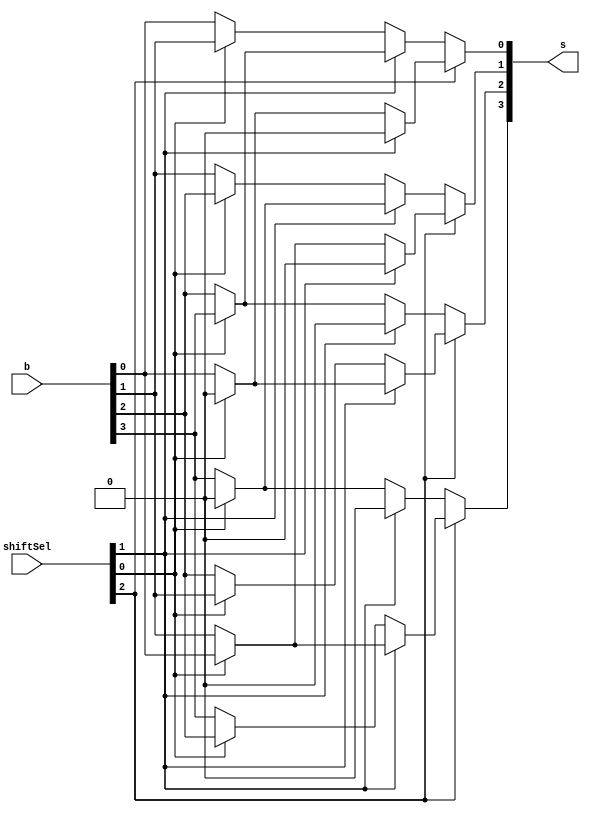
module BarrelShifter_Nbit
        #(  //-------- Parameters --------//
            parameter N=4,
            parameter LVL=2,                // usually log2(N)
            parameter TYPE=2'b11,           // 00->ROTATE, 10->L_SHIFT, 01->R_SHIFT, 11->LR_SHIFT
            parameter ARITH=1'b0            // 1'b0 -> logicalshift, 1'b1 -> arithmetic shift
        )
        
        (   //-------- Input --------//
            input [N-1:0] b,
            input [DIR_SEL+LVL-1:0]shiftSel,//if TYPE==ROTATE or TYPE==LR_SHIFT, MSB selects direction
                                            // shiftSel[LVL]==1'b0 -> Rotate/Shift Rigtht
                                            // shiftSel[LVL]==1'b1 -> Rotate/Shift Left
            
            //-------- Output --------//
            output [N-1:0] s
        );
    
    //-------- local variables --------//
    localparam ROTATE = 2'b00;
    localparam L_SHIFT = 2'b10;
    localparam R_SHIFT = 2'b01;
    localparam LR_SHIFT = 2'b11;
    localparam DIR_SEL = ( (TYPE==ROTATE)||(TYPE==LR_SHIFT) ) ? 1 : 0;
    
    
    //-------- Generate Twos complement for Rotating Right or Left --------//
    generate
    if(TYPE==ROTATE) begin: gentc
        wire [LVL-1:0] shiftSelMux_out;
        wire [LVL-1:0] tc_out;
        twosComp_Nbit #(LVL)
            tc_Nbit
                (
                    .b(shiftSel[LVL-1:0]), //input
                    .tc(tc_out)
                );
                
        //shiftSel Multiplexor
        assign shiftSelMux_out = (shiftSel[LVL]) ? tc_out : shiftSel[LVL-1:0];
    end
    endgenerate
    
    
    genvar gi; //level counter
    genvar gk; //mux counter
    //-------- Generate layers of Multiplexors for Shifting --------//
    generate
    for(gi=0; gi < LVL; gi = gi + 1) begin: genlvl
        for(gk=0; gk < N; gk = gk + 1) begin: genmux
            
            //-------- ROTATE (based on Right Rotate, Left Rotate done by two's compl of shiftSel) --------//
            if(TYPE==ROTATE)begin: genrotate
                wire out, in, inShift;
                assign out = (gentc.shiftSelMux_out[gi]) ? inShift : in;
                
                //first level's input connected to input b
                if(gi==0) begin
                    assign in = b[gk];
                    //(1<<gi)-> # of bits shifted
                    if(gk + (1<<gi) > N - 1)               
                        assign inShift = b[gk+(1<<gi)-N];
                    else
                        assign inShift = b[gk+(1<<gi)];
                        
                //subsequent level's input connected
                //to previous mux's output
                end else begin
                    assign in = genlvl[gi-1].genmux[gk].genrotate.out;
                    if(gk + (1<<gi) > N - 1)
                        assign inShift = genlvl[gi-1].genmux[gk+(1<<gi)-N].genrotate.out;
                    else
                        assign inShift = genlvl[gi-1].genmux[gk+(1<<gi)].genrotate.out;
                end
            end//ifelse_genrotate
            
            
            //-------- RIGHT SHIFT (Instantiated when TYPE is R_SHIFT or LR_SHIFT) --------//
            if(TYPE[0]) begin: genRshft
                wire arithBit;
                wire out, in, inShift;
                assign out = (shiftSel[gi]) ? inShift : in;
                
                //first level's input connected to input b
                if(gi==0) begin
                    assign in = b[gk];
                    //(1<<gi)-> # of bits shifted
                    if(gk + (1<<gi) > N - 1) begin 
                        //******** when testing parameters for conditional generate, ********//
                        //******** use:         if(ARITH == 1'b1)                    ********//
                        //******** instead of:  if(ARITH)                            ********//
                        //******** the latter gave high Impedance (Z) for inShift    ********//
                        if(ARITH == 1'b1) 
                            assign inShift = b[N-1];
                        else
                            assign inShift = 1'b0;                                //shift in zero
                    end else begin
                        assign inShift = b[gk+(1<<gi)];
                    end
                    
                //subsequent level's input connected
                //to previous mux's output
                end else begin
                    assign in = genlvl[gi-1].genmux[gk].genRshft.out;
                    if(gk + (1<<gi) > N - 1) begin    
                        if(ARITH==1'b1)           
                            assign inShift = b[N-1];//genlvl[gi-1].genmux[N-1].genRshft.out;
                        else
                            assign inShift = 1'b0;
                    end else begin
                        assign inShift = genlvl[gi-1].genmux[gk+(1<<gi)].genRshft.out;
                    end
                end
            end//ifelse_genRshft
            //---------------------------------------------------------------------------//
   

            //-------- LEFT SHIFT (Instantiated when TYPE is L_SHIFT or LR_SHIFT) --------//
            if(TYPE[1]) begin: genLshft
                wire out, in, inShift;
                assign out = (shiftSel[gi]) ? inShift : in;
                
                //first level's input connected to input b
                if(gi==0) begin
                    assign in = b[gk];
                    //(1<<gi)-> # of bits shifted
                    if(gk - (1<<gi) < 0)              
                        assign inShift = 1'b0;
                    else
                        assign inShift = b[gk-(1<<gi)];
                        
                //subsequent level's input connected
                //to previous mux's output
                end else begin
                    assign in = genlvl[gi-1].genmux[gk].genLshft.out;
                    if(gk - (1<<gi) < 0)               
                        assign inShift = 1'b0;
                    else
                        assign inShift = genlvl[gi-1].genmux[gk-(1<<gi)].genLshft.out;
                end
            end//ifelse_genLshft
            //---------------------------------------------------------------------------//
            
            
        end//for_gk
    end//for_gi
    endgenerate
    
    
    
    
    //-------- Assign output s to the output of last level of mux --------//
    generate
    for(gk=0; gk < N; gk = gk + 1)begin: genout
        if(TYPE==ROTATE)
            assign s[gk] = genlvl[LVL-1].genmux[gk].genrotate.out;
        else if (TYPE==R_SHIFT)
            assign s[gk] = genlvl[LVL-1].genmux[gk].genRshft.out;
        else if (TYPE==L_SHIFT)
            assign s[gk] = genlvl[LVL-1].genmux[gk].genLshft.out;
        else begin//TYPE==LR_SHIFT
            assign s[gk] = (shiftSel[LVL]) ? genlvl[LVL-1].genmux[gk].genLshft.out :
                                             genlvl[LVL-1].genmux[gk].genRshft.out;
        end
    end
    endgenerate
    
    
endmodule